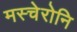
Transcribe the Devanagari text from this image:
मस्चेरोनि